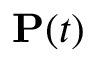
\mathbf { P } ( t )